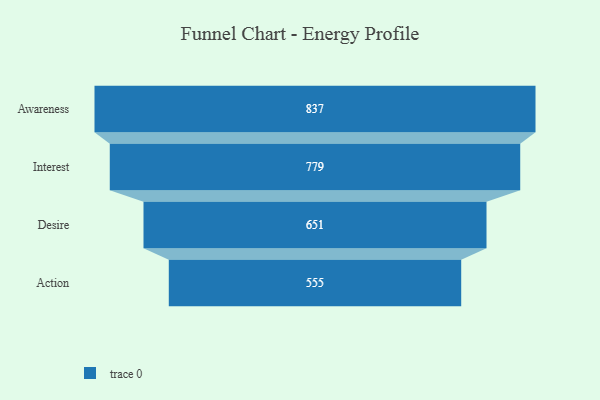
{"axis": {"x": "Stage", "y": "Value"}, "legend": [""], "data": [{"x": "Awareness", "y": 837.0, "type": ""}, {"x": "Interest", "y": 779.0, "type": ""}, {"x": "Desire", "y": 651.0, "type": ""}, {"x": "Action", "y": 555.0, "type": ""}]}